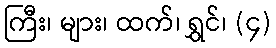
ကြီး၊ များ၊ ထက်၊ ရွှင်၊ (၄)